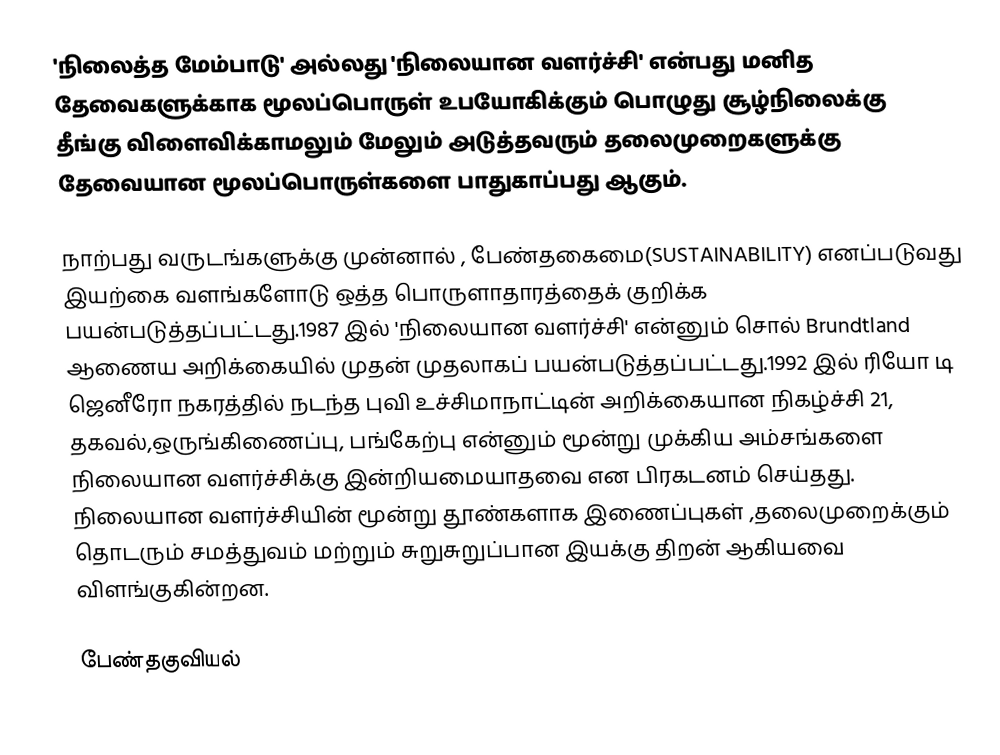
'நிலைத்த மேம்பாடு' அல்லது 'நிலையான வளர்ச்சி' என்பது மனித தேவைகளுக்காக மூலப்பொருள் உபயோகிக்கும் பொழுது சூழ்நிலைக்கு தீங்கு விளைவிக்காமலும் மேலும் அடுத்தவரும் தலைமுறைகளுக்கு தேவையான மூலப்பொருள்களை பாதுகாப்பது ஆகும்.

நாற்பது வருடங்களுக்கு முன்னால் , பேண்தகைமை(SUSTAINABILITY) எனப்படுவது இயற்கை வளங்களோடு ஒத்த பொருளாதாரத்தைக் குறிக்க பயன்படுத்தப்பட்டது.1987 இல்  'நிலையான வளர்ச்சி' என்னும் சொல்  Brundtland ஆணைய அறிக்கையில் முதன் முதலாகப் பயன்படுத்தப்பட்டது.1992 இல் ரியோ டி ஜெனீரோ நகரத்தில் நடந்த புவி உச்சிமாநாட்டின் அறிக்கையான நிகழ்ச்சி 21, தகவல்,ஒருங்கிணைப்பு, பங்கேற்பு என்னும் மூன்று முக்கிய அம்சங்களை நிலையான வளர்ச்சிக்கு இன்றியமையாதவை என பிரகடனம் செய்தது. நிலையான வளர்ச்சியின் மூன்று தூண்களாக  இணைப்புகள் ,தலைமுறைக்கும் தொடரும் சமத்துவம் மற்றும் சுறுசுறுப்பான இயக்கு திறன் ஆகியவை விளங்குகின்றன.

பேண்தகுவியல்